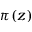
\pi ( z )